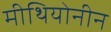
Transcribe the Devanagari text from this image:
मीथियोनीन